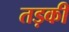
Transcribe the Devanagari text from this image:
तड़की